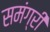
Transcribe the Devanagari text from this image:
समंग्री